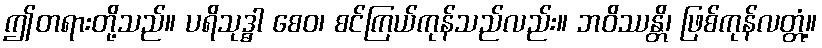
ဤတရားတို့သည်။ ပရိသုဒ္ဓါ စေဝ၊ စင်ကြယ်ကုန်သည်လည်း။ ဘဝိဿန္တိ၊ ဖြစ်ကုန်လတ္တံ့။